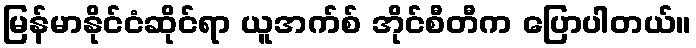
မြန်မာနိုင်ငံဆိုင်ရာ ယူအက်စ် အိုင်စီတီက ပြောပါတယ်။